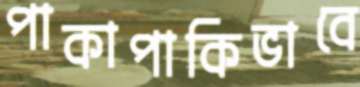
পাকাপাকিভাবে